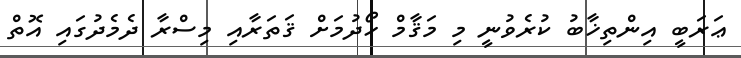
ޢަރަބީ އިންތިޚާބު ކުރެވުނީ މި މަޤާމް ހޯދުމަށް ޤަތަރާއި މިސްރާ ދެމެދުގައި އޮތް